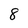
Character: 8